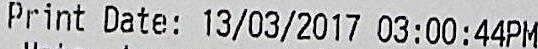
PRINT DATE: 13/03/2017 03:00:44PM